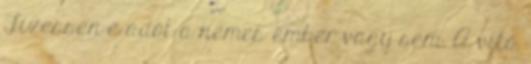
Fizessen-e adót a nemes ember vagy sem. A vita